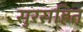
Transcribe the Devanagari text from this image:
सुरसहित